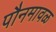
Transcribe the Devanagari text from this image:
पौनमावळ